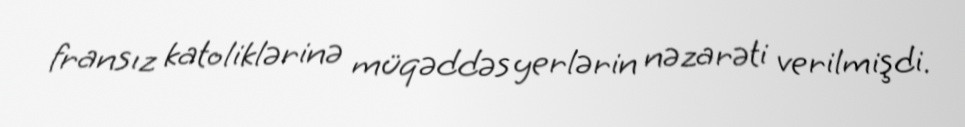
fransız katoliklərinə müqəddəs yerlərin nəzarəti verilmişdi.